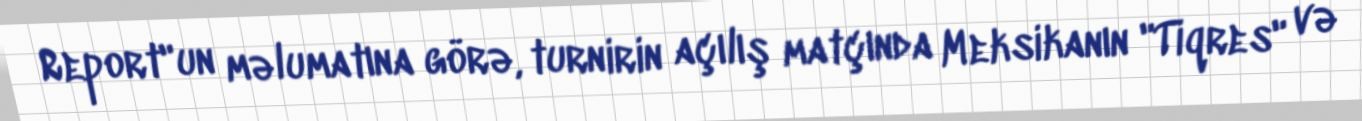
Report"un məlumatına görə, turnirin açılış matçında Meksikanın "Tiqres" və